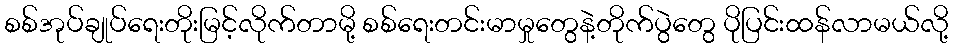
စစ်အုပ်ချုပ်ရေးတိုးမြင့်လိုက်တာမို့ စစ်ရေးတင်းမာမှုတွေနဲ့တိုက်ပွဲတွေ ပိုပြင်းထန်လာမယ်လို့